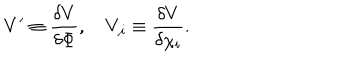
V ^ { \prime } \equiv \frac { \delta V } { \delta \Phi } , V _ { , i } \equiv \frac { \delta V } { \delta \chi _ { i } } .